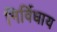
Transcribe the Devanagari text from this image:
निर्विधाय